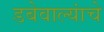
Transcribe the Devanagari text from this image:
डबेवाल्यांचे